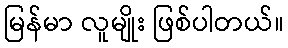
မြန်မာ လူမျိုး ဖြစ်ပါတယ်။